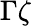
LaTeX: \Gamma\zeta